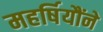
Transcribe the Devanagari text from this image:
महर्षियौंने